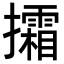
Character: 𢹩